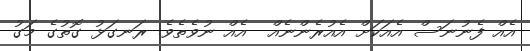
އެއް ފެނުނަސް އެއަކަށް އެއުރެންނެއް  އެއް ނުވެތެވެ. ރަނގަޅު ގޮތުގެ މަގު